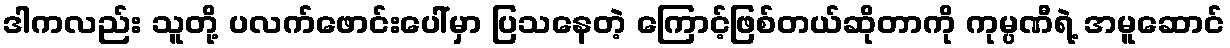
ဒါကလည်း သူတို့ ပလက်ဖောင်းပေါ်မှာ ပြသနေတဲ့ ကြောင့်ဖြစ်တယ်ဆိုတာကို ကုမ္ပဏီရဲ့ အမူဆောင်